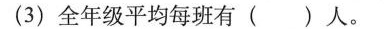
(3)全年级平均每班有( )人。